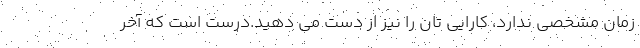
زمان مشخصی ندارد، کارایی تان را نیز از دست می دهید.درست است که آخر